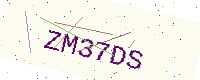
Text: ZM37DS